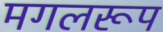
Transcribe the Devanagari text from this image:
मगलरूप